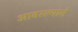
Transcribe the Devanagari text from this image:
आवरल्याने